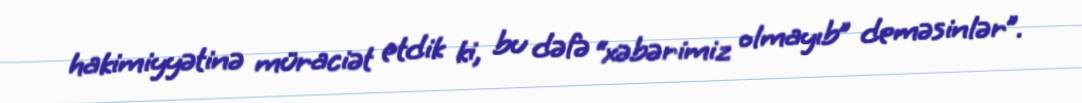
hakimiyyətinə müraciət etdik ki, bu dəfə “xəbərimiz olmayıb” deməsinlər”.